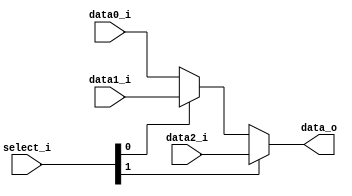
module Mux3to1( data0_i, data1_i, data2_i, select_i, data_o );

parameter size = 0;			   
			
//I/O ports               
input wire	[size-1:0] data0_i;          
input wire	[size-1:0] data1_i;
input wire	[size-1:0] data2_i;
input wire	[2-1:0] select_i;
output wire	[size-1:0] data_o; 

//Main function
/*your code here*/
assign	data_o =  select_i[1] ? data2_i : ( select_i[0] ? data1_i : data0_i );

/*
always@(data2_i,data1_i,data0_i)begin
	//$display("[Mux3]==> data0= %b, data1= %b, data2= %b",data0_i,data1_i,data2_i);
	case(select_i) 
		2'b00:	$display("[Mux3]==> sel=%d ALU= %d",select_i,data_o);
		2'b01:	$display("[Mux3]==> sel=%d Shift = %d",select_i,data_o);
		2'b10: 	$display("[Mux3]==> sel=%d Zero_filled = %d",select_i,data_o);
	endcase
end
*/
endmodule    

/*
module test;

reg [2:0] a;	
reg [2:0] b;	
reg [2:0] c;
reg [1:0] sel;	
wire [2:0] o;	


Mux3to1 #(.size(3)) Mux(
	.data0_i(a),
	.data1_i(b),
	.data2_i(c),
	.select_i(sel),
	.data_o(o)
);


initial begin
$dumpfile("WWWWWWWWWWWWWWWWWW.vcd");
$dumpvars;
  a = 3'd4;
  b = 3'd5;
  c = 3'd6;
#0	sel = 2'd0;
#10	sel = 2'd1;
#10 sel = 2'b10;
end

initial #29 $display("finish");
initial #50 $finish;

endmodule
*/